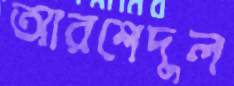
আরশেদুল